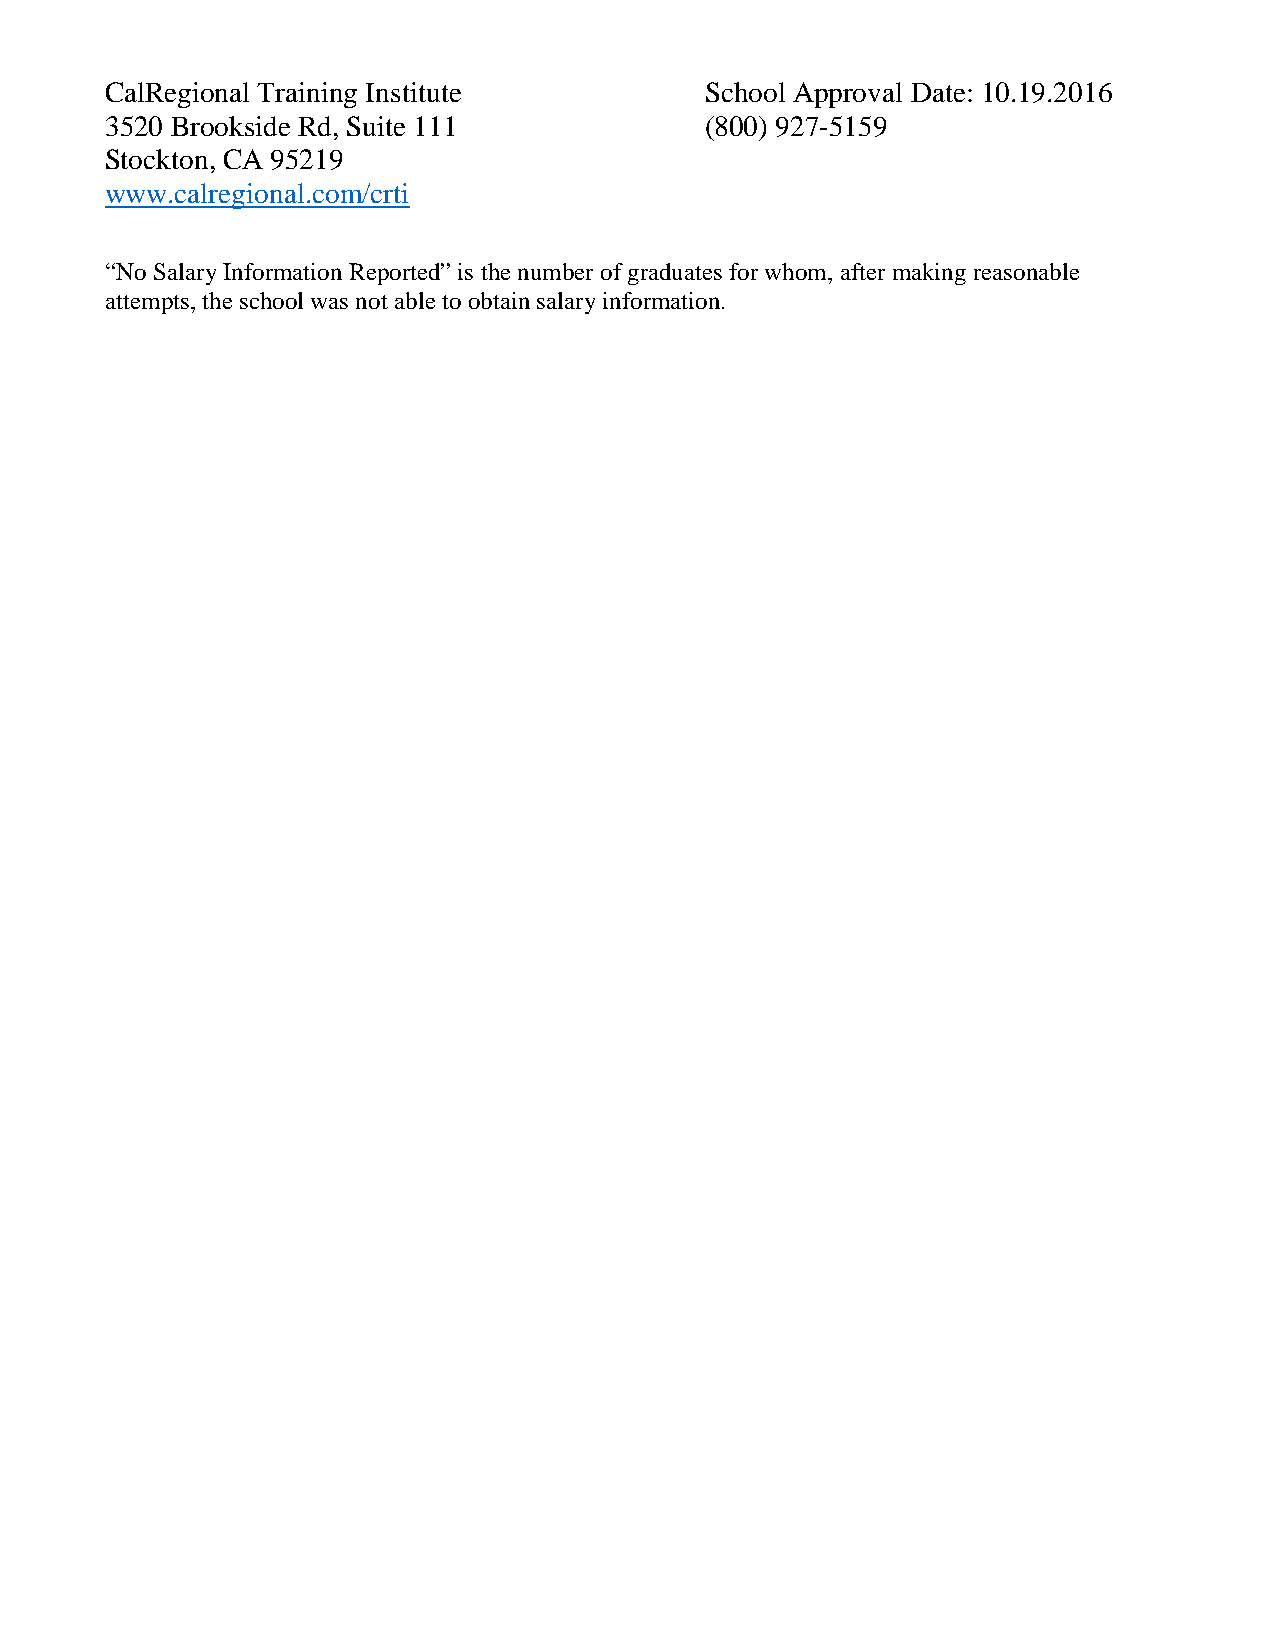
CalRegional Training Institute          School Approval Date: 10.19.2016
 3520 Brookside Rd, Suite 111            (800) 927-5159
 Stockton, CA 95219
 www.calregional.com/crti
 “No Salary Information Reported” is the number of graduates for whom, after making reasonable
 attempts, the school was not able to obtain salary information.